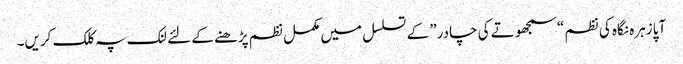
‎ آپا زہرہ نگاہ کی نظم “سمجھوتے کی چادر” کے تسلسل میں مکمل نظم پڑھنے کے لئے لنک پہ کلک کریں۔